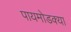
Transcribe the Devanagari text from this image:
पायमोडक्या